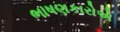
ભાષણકારોએ